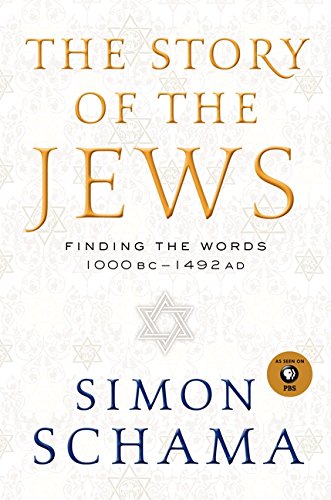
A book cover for The Story of the Jews: Finding the Words 1000 BC - 1492 AD; Simon Schama; History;